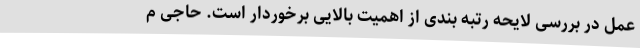
عمل در بررسی لایحه رتبه بندی از اهمیت بالایی برخوردار است. حاجی م